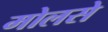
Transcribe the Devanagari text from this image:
मोलसे